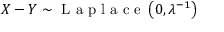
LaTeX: X - Y \sim { \textrm { L a p l a c e } } \left( 0 , \lambda ^ { - 1 } \right)